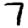
Digit: 7